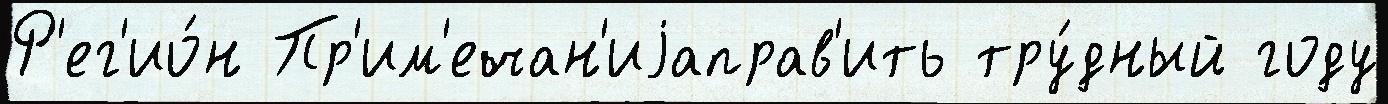
Р'ег'ио́н Пр'им'ечан'иjаправ'ить тру́дный году